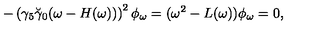
- \left( \gamma _ { 5 } \breve { \gamma } _ { 0 } ( \omega - H ( \omega ) ) \right) ^ { 2 } \phi _ { \omega } = ( \omega ^ { 2 } - L ( \omega ) ) \phi _ { \omega } = 0 ,